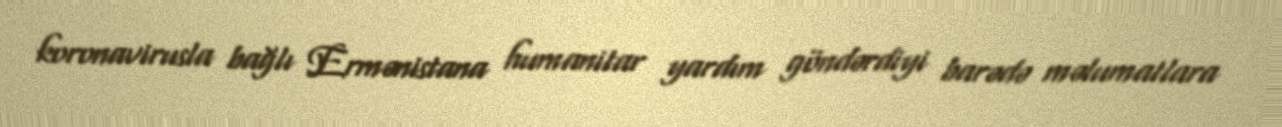
koronavirusla bağlı Ermənistana humanitar yardım göndərdiyi barədə məlumatlara